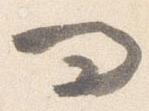
問